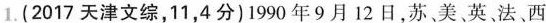
1.(2017天津文综，11，4分)1990年9月12日，苏、美、英、法、西